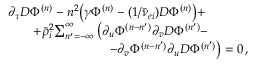
\begin{array} { r l } & { \partial _ { \tau } D \Phi ^ { ( n ) } - n ^ { 2 } \big ( \gamma \Phi ^ { ( n ) } - ( 1 / \bar { \nu } _ { e i } ) D \Phi ^ { ( n ) } \big ) + } \\ & { \qquad + \bar { \rho } _ { i } ^ { 2 } \! \sum _ { n ^ { \prime } = - \infty } ^ { \infty } \big ( \partial _ { u } \Phi ^ { ( n - n ^ { \prime } ) } \partial _ { v } D \Phi ^ { ( n ^ { \prime } ) } - } \\ & { \qquad \qquad \qquad \qquad - \partial _ { v } \Phi ^ { ( n - n ^ { \prime } ) } \partial _ { u } D \Phi ^ { ( n ^ { \prime } ) } \big ) = 0 \, , } \end{array}